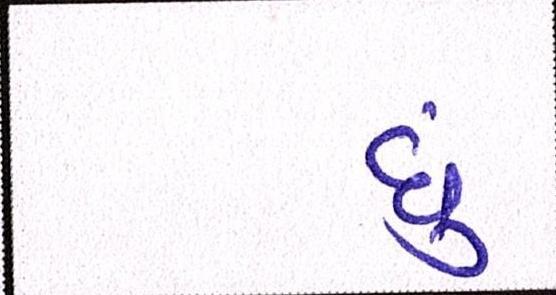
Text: છું